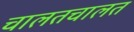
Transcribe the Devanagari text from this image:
चालतचालत